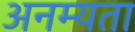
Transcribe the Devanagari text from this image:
अनम्यता